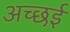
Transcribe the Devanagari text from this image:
अच्छई